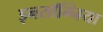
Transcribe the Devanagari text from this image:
इनसॉम्निया